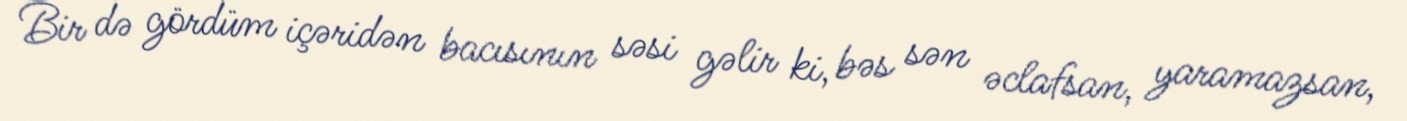
Bir də gördüm içəridən bacısının səsi gəlir ki, bəs sən əclafsan, yaramazsan,